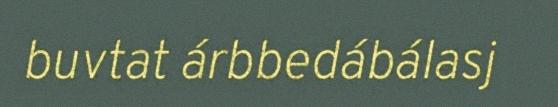
buvtat árbbedábálasj